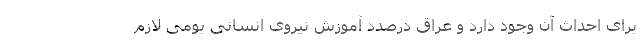
برای احداث آن وجود دارد و عراق درصدد آموزش نیروی انسانی بومی لازم